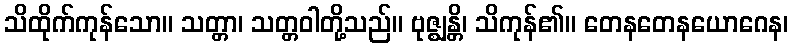
သိထိုက်ကုန်သော။ သတ္တာ၊ သတ္တဝါတို့သည်။ ဗုဇ္ဈန္တိ၊ သိကုန်၏။ တေနတေနယောဂေန၊